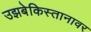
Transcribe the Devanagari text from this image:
उझबेकिस्तानावर